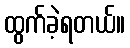
ထွက်ခဲ့ရတယ်။